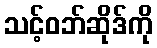
သင့်ဝဘ်ဆိုဒ်ကို